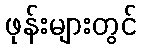
ဖုန်းများတွင်